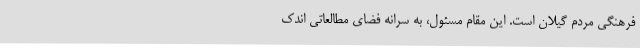
فرهنگی مردم گیلان است. این مقام مسئول، به سرانه فضای مطالعاتی اندک